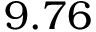
9 . 7 6